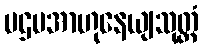
ပဌမအာဟုနေယျသုတ္တံ